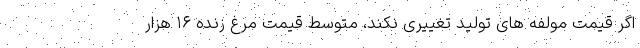
اگر قیمت مولفه های تولید تغییری نکند، متوسط قیمت مرغ زنده ۱۶ هزار